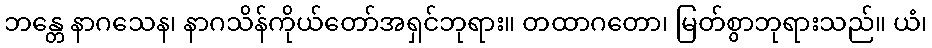
ဘန္တေ နာဂသေန၊ နာဂသိန်ကိုယ်တော်အရှင်ဘုရား။ တထာဂတော၊ မြတ်စွာဘုရားသည်။ ယံ၊